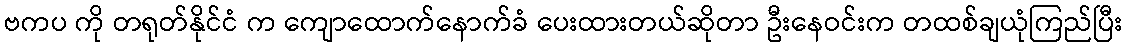
ဗကပ ကို တရုတ်နိုင်ငံ က ကျောထောက်နောက်ခံ ပေးထားတယ်ဆိုတာ ဦးနေဝင်းက တထစ်ချယုံကြည်ပြီး